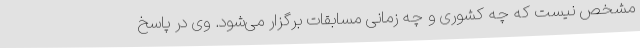
مشخص نیست که چه کشوری و چه زمانی مسابقات برگزار می‌شود. وی در پاسخ